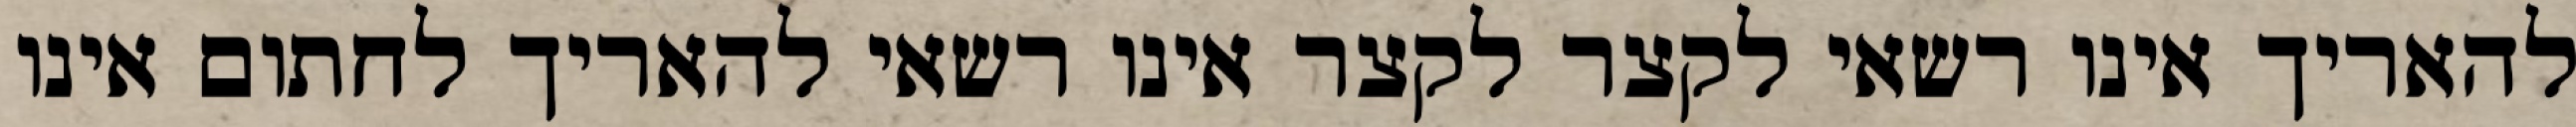
להאריך אינו רשאי לקצר לקצר אינו רשאי להאריך לחתום אינו